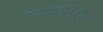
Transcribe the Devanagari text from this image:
परफॉर्मेंसेज